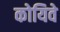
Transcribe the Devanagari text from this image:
कोयिवे